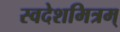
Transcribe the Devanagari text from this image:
स्वदेशमित्रम्